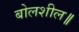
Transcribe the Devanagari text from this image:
बोलशील॥